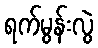
ရက်မွန်းလွဲ